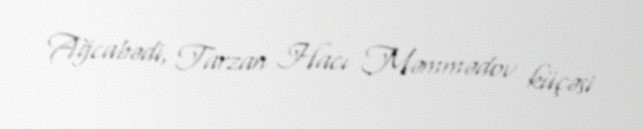
Ağcabədi, Tarzan Hacı Məmmədov küçəsi